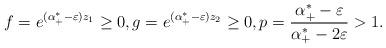
LaTeX: \begin{align*}f=e^{(\alpha_+^\ast-\varepsilon)z_1}\geq 0,g=e^{(\alpha_+^\ast-\varepsilon)z_2}\geq 0, p=\frac{\alpha_+^\ast-\varepsilon}{\alpha_+^\ast-2\varepsilon}>1. \end{align*}